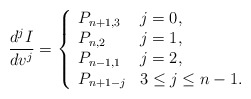
\begin{align*} \frac{d^jI}{dv^j}=\left\{ \begin{array}{ll} P_{n+1,3} & j=0,\\ P_{n,2} & j=1,\\ P_{n-1,1} & j=2,\\ P_{n+1-j} & 3\leq j\leq n-1. \end{array}\right.\end{align*}